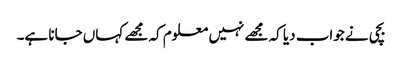
بچی نے جواب دیا کہ مجھے نہیں معلوم کہ مجھے کہاں جانا ہے۔